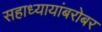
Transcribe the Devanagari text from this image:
सहाध्यायांबरोबर